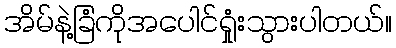
အိမ်နဲ့ခြံကိုအပေါင်ရှုံးသွားပါတယ်။